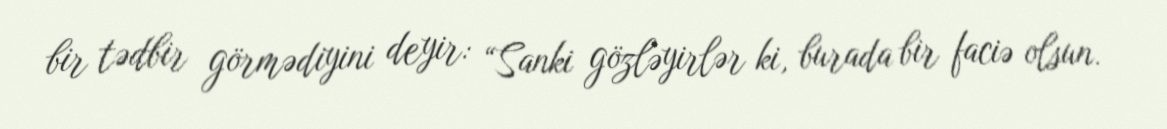
bir tədbir görmədiyini deyir: “Sanki gözləyirlər ki, burada bir faciə olsun.